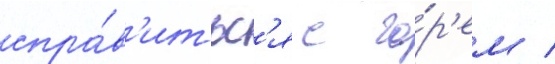
спра́в'итьс'я с го́р'ем /